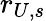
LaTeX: r_{U,s}